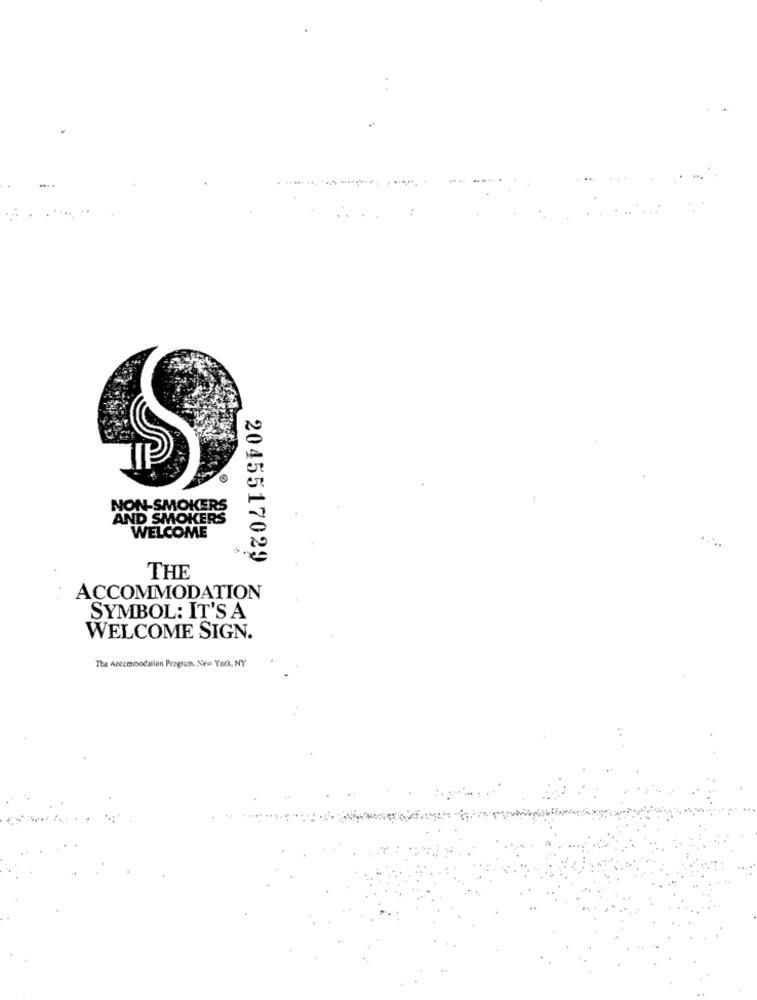
NON-SMOKERS
AND SMOKERS
WELCOME
2045517029
THE
ACCOMMODATION
SYMBOL: IT'S A
WELCOME SIGN.
The Accommodation Programn, New York, NY